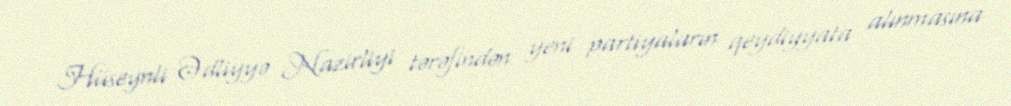
Hüseynli Ədliyyə Nazirliyi tərəfindən yeni partiyaların qeydiyyata alınmasına